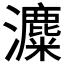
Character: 𤃱